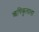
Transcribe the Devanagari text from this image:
ऋषिकुलाला